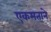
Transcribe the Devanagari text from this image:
एकमताने